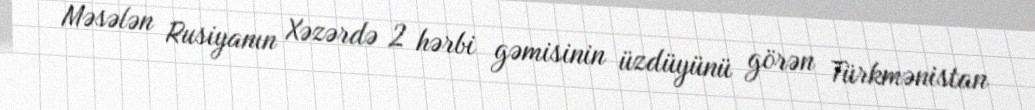
Məsələn Rusiyanın Xəzərdə 2 hərbi gəmisinin üzdüyünü görən Türkmənistan